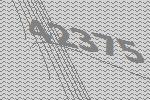
42375